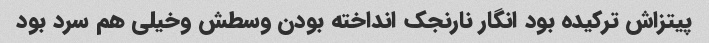
پیتزاش ترکیده بود انگار نارنجک انداخته بودن وسطش وخیلی هم سرد بود